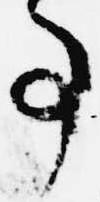
事